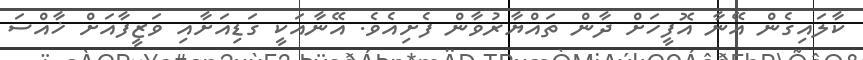
ކާލައިގެން އޭނާ އޮފީހަށް ދާން ތައްޔާރުވާން ފެށިއެވެ. އޭނާއަކީ ގަޑިއަށާއި ވަޒީފާއަށް ޚާއްސަ